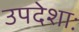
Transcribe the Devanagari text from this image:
उपदेशाः